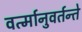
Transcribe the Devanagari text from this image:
वर्त्मानुवर्तन्ते